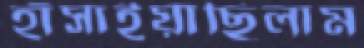
হাঁসাইয়াছিলাম